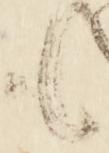
も